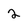
Character: 2